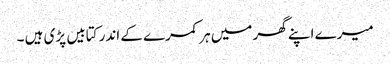
میرے اپنے گھر میں ہر کمرے کے اندر کتابیں پڑی ہیں ۔